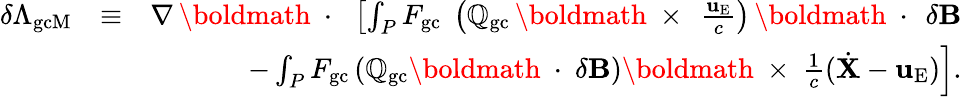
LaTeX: \begin{array}{rlr}{\delta\Lambda_{\mathrm{gcM}}}&{\equiv}&{\nabla\, \mathrm{\boldmath~\cdot~}\, \left[\int_{P}F_{\mathrm{gc}}\; \left(\mathbb{Q}_{\mathrm{gc}}\, \mathrm{\boldmath~\times~}\, \frac{{\mathbf u}_{\mathrm{E}}}{c}\right)\, \mathrm{\boldmath~\cdot~}\, \delta{\mathbf B}\right.}\\ &{}&{\left.-\int_{P}F_{\mathrm{gc}}\left(\mathbb{Q}_{\mathrm{gc}}\mathrm{\boldmath~\cdot~}\delta{\mathbf B}\right)\mathrm{\boldmath~\times~}\frac{1}{c}(\dot{\mathbf X}-{\mathbf u}_{\mathrm{E}})\right].}\end{array}